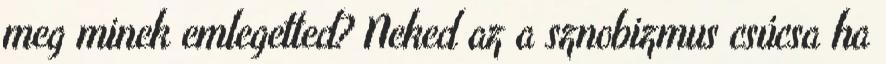
meg minek emlegetted? Neked az a sznobizmus csúcsa ha